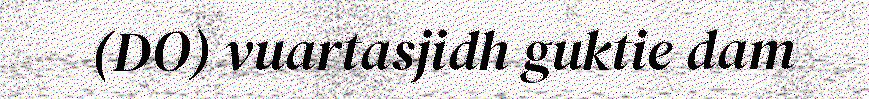
(DO) vuartasjidh guktie dam